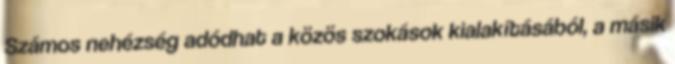
Számos nehézség adódhat a közös szokások kialakításából, a másik